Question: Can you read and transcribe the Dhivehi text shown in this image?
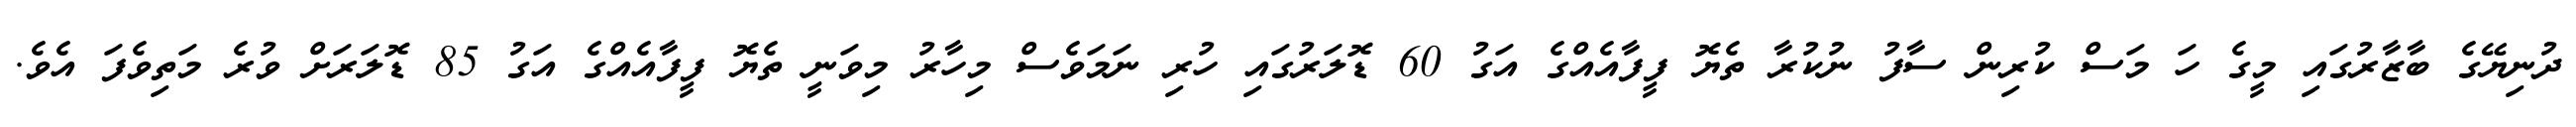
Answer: ދުނިޔޭގެ ބާޒާރުގައި މީގެ ހަ މަސް ކުރިން ސާފު ނުކުރާ ތެޔޮ ފީފާއެއްގެ އަގު 60 ޑޮލަރުގައި ހުރި ނަމަވެސް މިހާރު މިވަނީ ތެޔޮ ފީފާއެއްގެ އަގު 85 ޑޮލަރަށް ވުރެ މަތިވެފަ އެވެ.